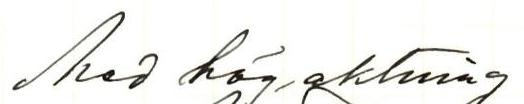
Med högaktning